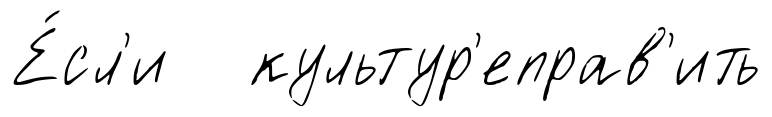
Е́сл'и культур'еправ'ить